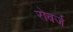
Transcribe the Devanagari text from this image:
रोबर्ज